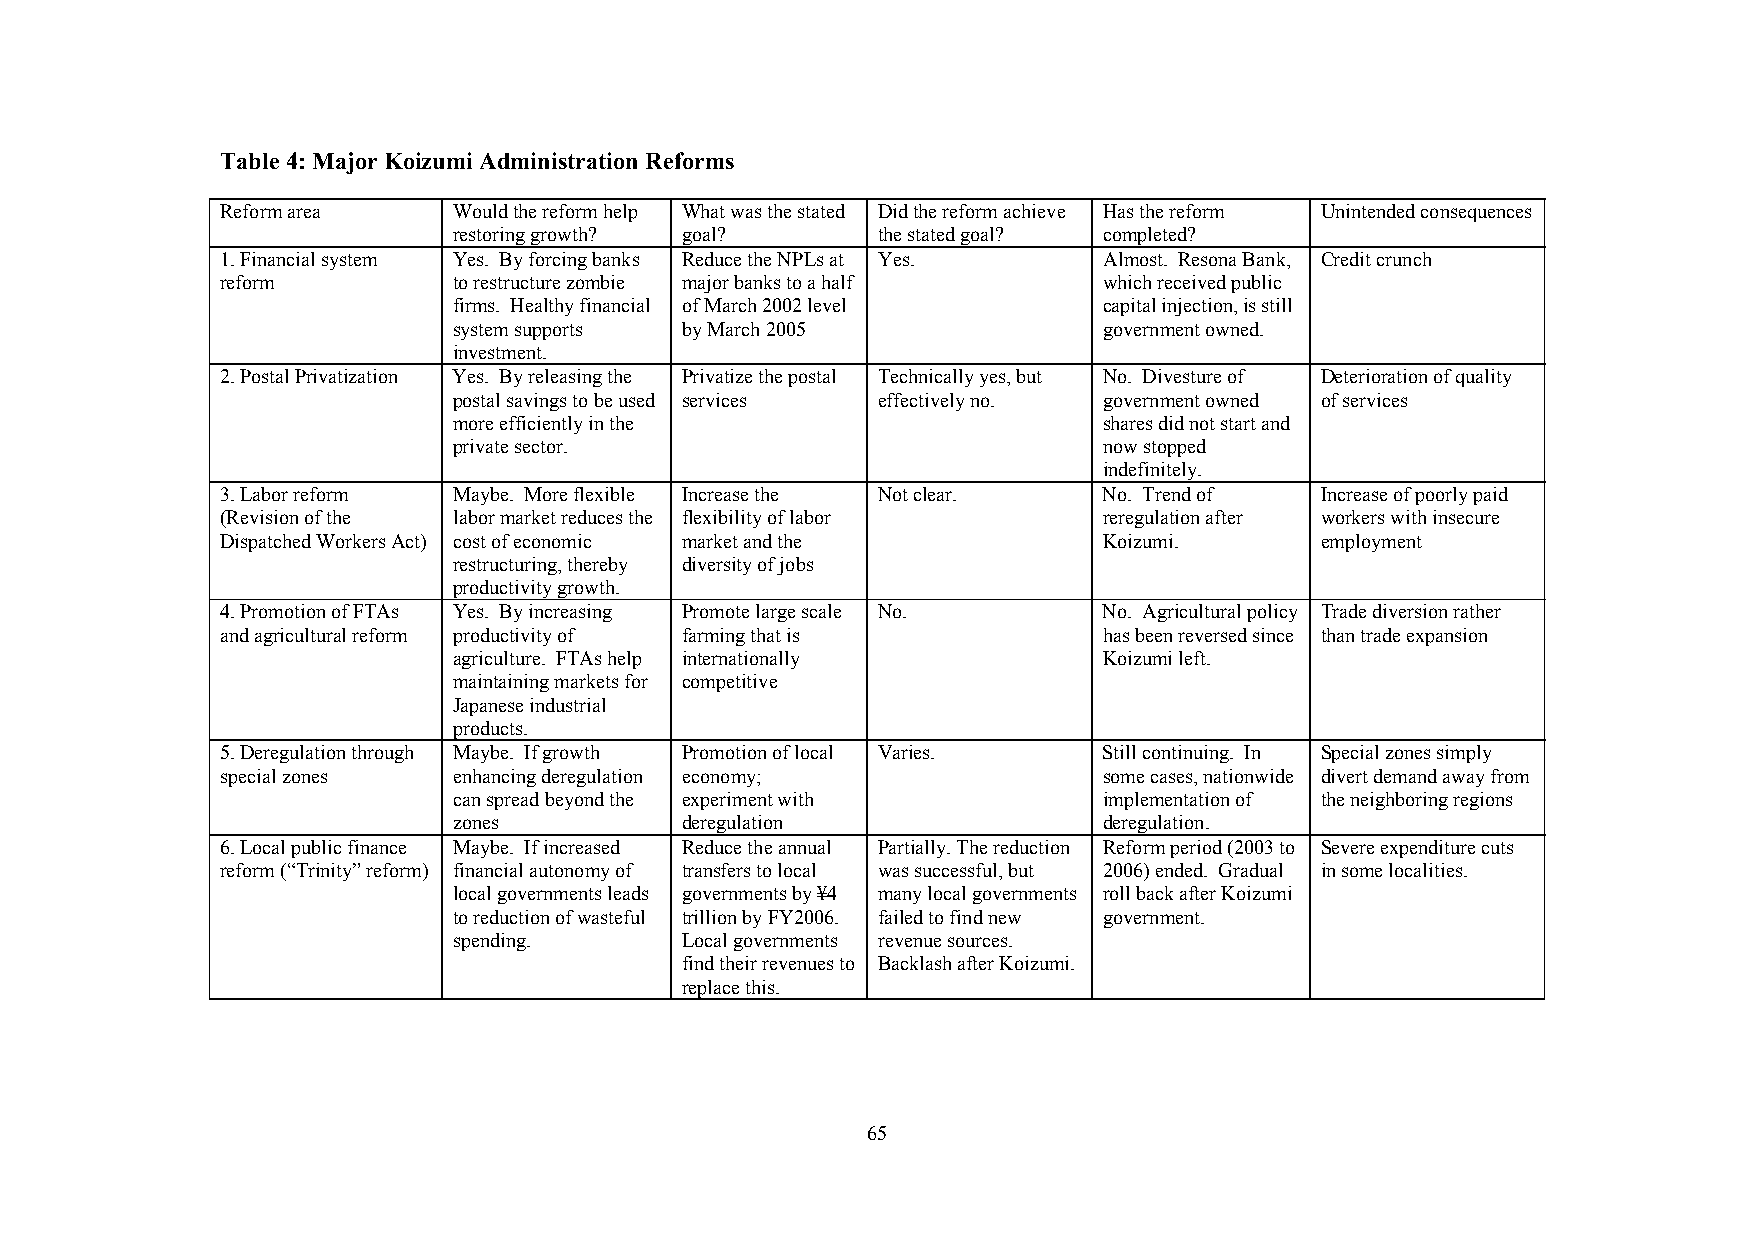
Table 4: Major Koizumi Administration Reforms
 Reform area    Would the reform help What was the stated Did the reform achieve Has the reform Unintended consequences
 restoring growth? goal?     the stated goal? completed?
 1. Financial system Yes. By forcing banks Reduce the NPLs at Yes. Almost. Resona Bank, Credit crunch
 reform         to restructure zombie major banks to a half which received public
 firms. Healthy financial of March 2002 level capital injection, is still
 system supports by March 2005              government owned.
 investment.
 2. Postal Privatization Yes. By releasing the Privatize the postal Technically yes, but No. Divesture of Deterioration of quality
 postal savings to be used services effectively no. government owned of services
 more efficiently in the                    shares did not start and
 private sector.                            now stopped
 indefinitely.
 3. Labor reform Maybe. More flexible Increase the Not clear. No. Trend of Increase of poorly paid
 (Revision of the labor market reduces the flexibility of labor reregulation after workers with insecure
 Dispatched Workers Act) cost of economic market and the   Koizumi.      employment
 restructuring, thereby diversity of jobs
 productivity growth.
 4. Promotion of FTAs Yes. By increasing Promote large scale No. No. Agricultural policy Trade diversion rather
 and agricultural reform productivity of farming that is   has been reversed since than trade expansion
 agriculture. FTAs help internationally     Koizumi left.
 maintaining markets for competitive
 Japanese industrial
 products.
 5. Deregulation through Maybe. If growth Promotion of local Varies. Still continuing. In Special zones simply
 special zones  enhancing deregulation economy;            some cases, nationwide divert demand away from
 can spread beyond the experiment with      implementation of the neighboring regions
 zones          deregulation                deregulation.
 6. Local public finance Maybe. If increased Reduce the annual Partially. The reduction Reform period (2003 to Severe expenditure cuts
 reform (“Trinity” reform) financial autonomy of transfers to local was successful, but 2006) ended. Gradual in some localities.
 local governments leads governments by ¥4 many local governments roll back after Koizumi
 to reduction of wasteful trillion by FY2006. failed to find new government.
 spending.      Local governments revenue sources.
 find their revenues to Backlash after Koizumi.
 replace this.
 65